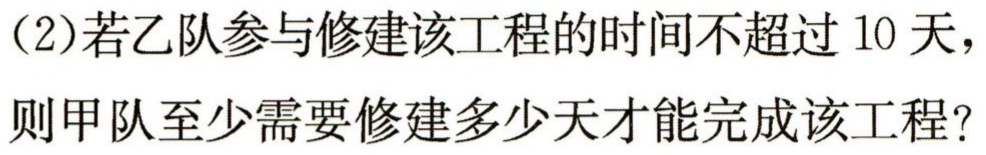
(2)若乙队参与修建该工程的时间不超过 10 天，

则甲队至少需要修建多少天才能完成该工程?